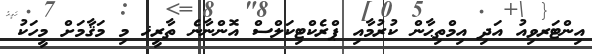
އިންޓަރވިއު އަދި އިމްތިޙާން ކުރުމާއި ޕްރެކްޓިކަލްސް އޮންނާނެ ތާރީޚ މި މަޤާމަށް މީހަކު